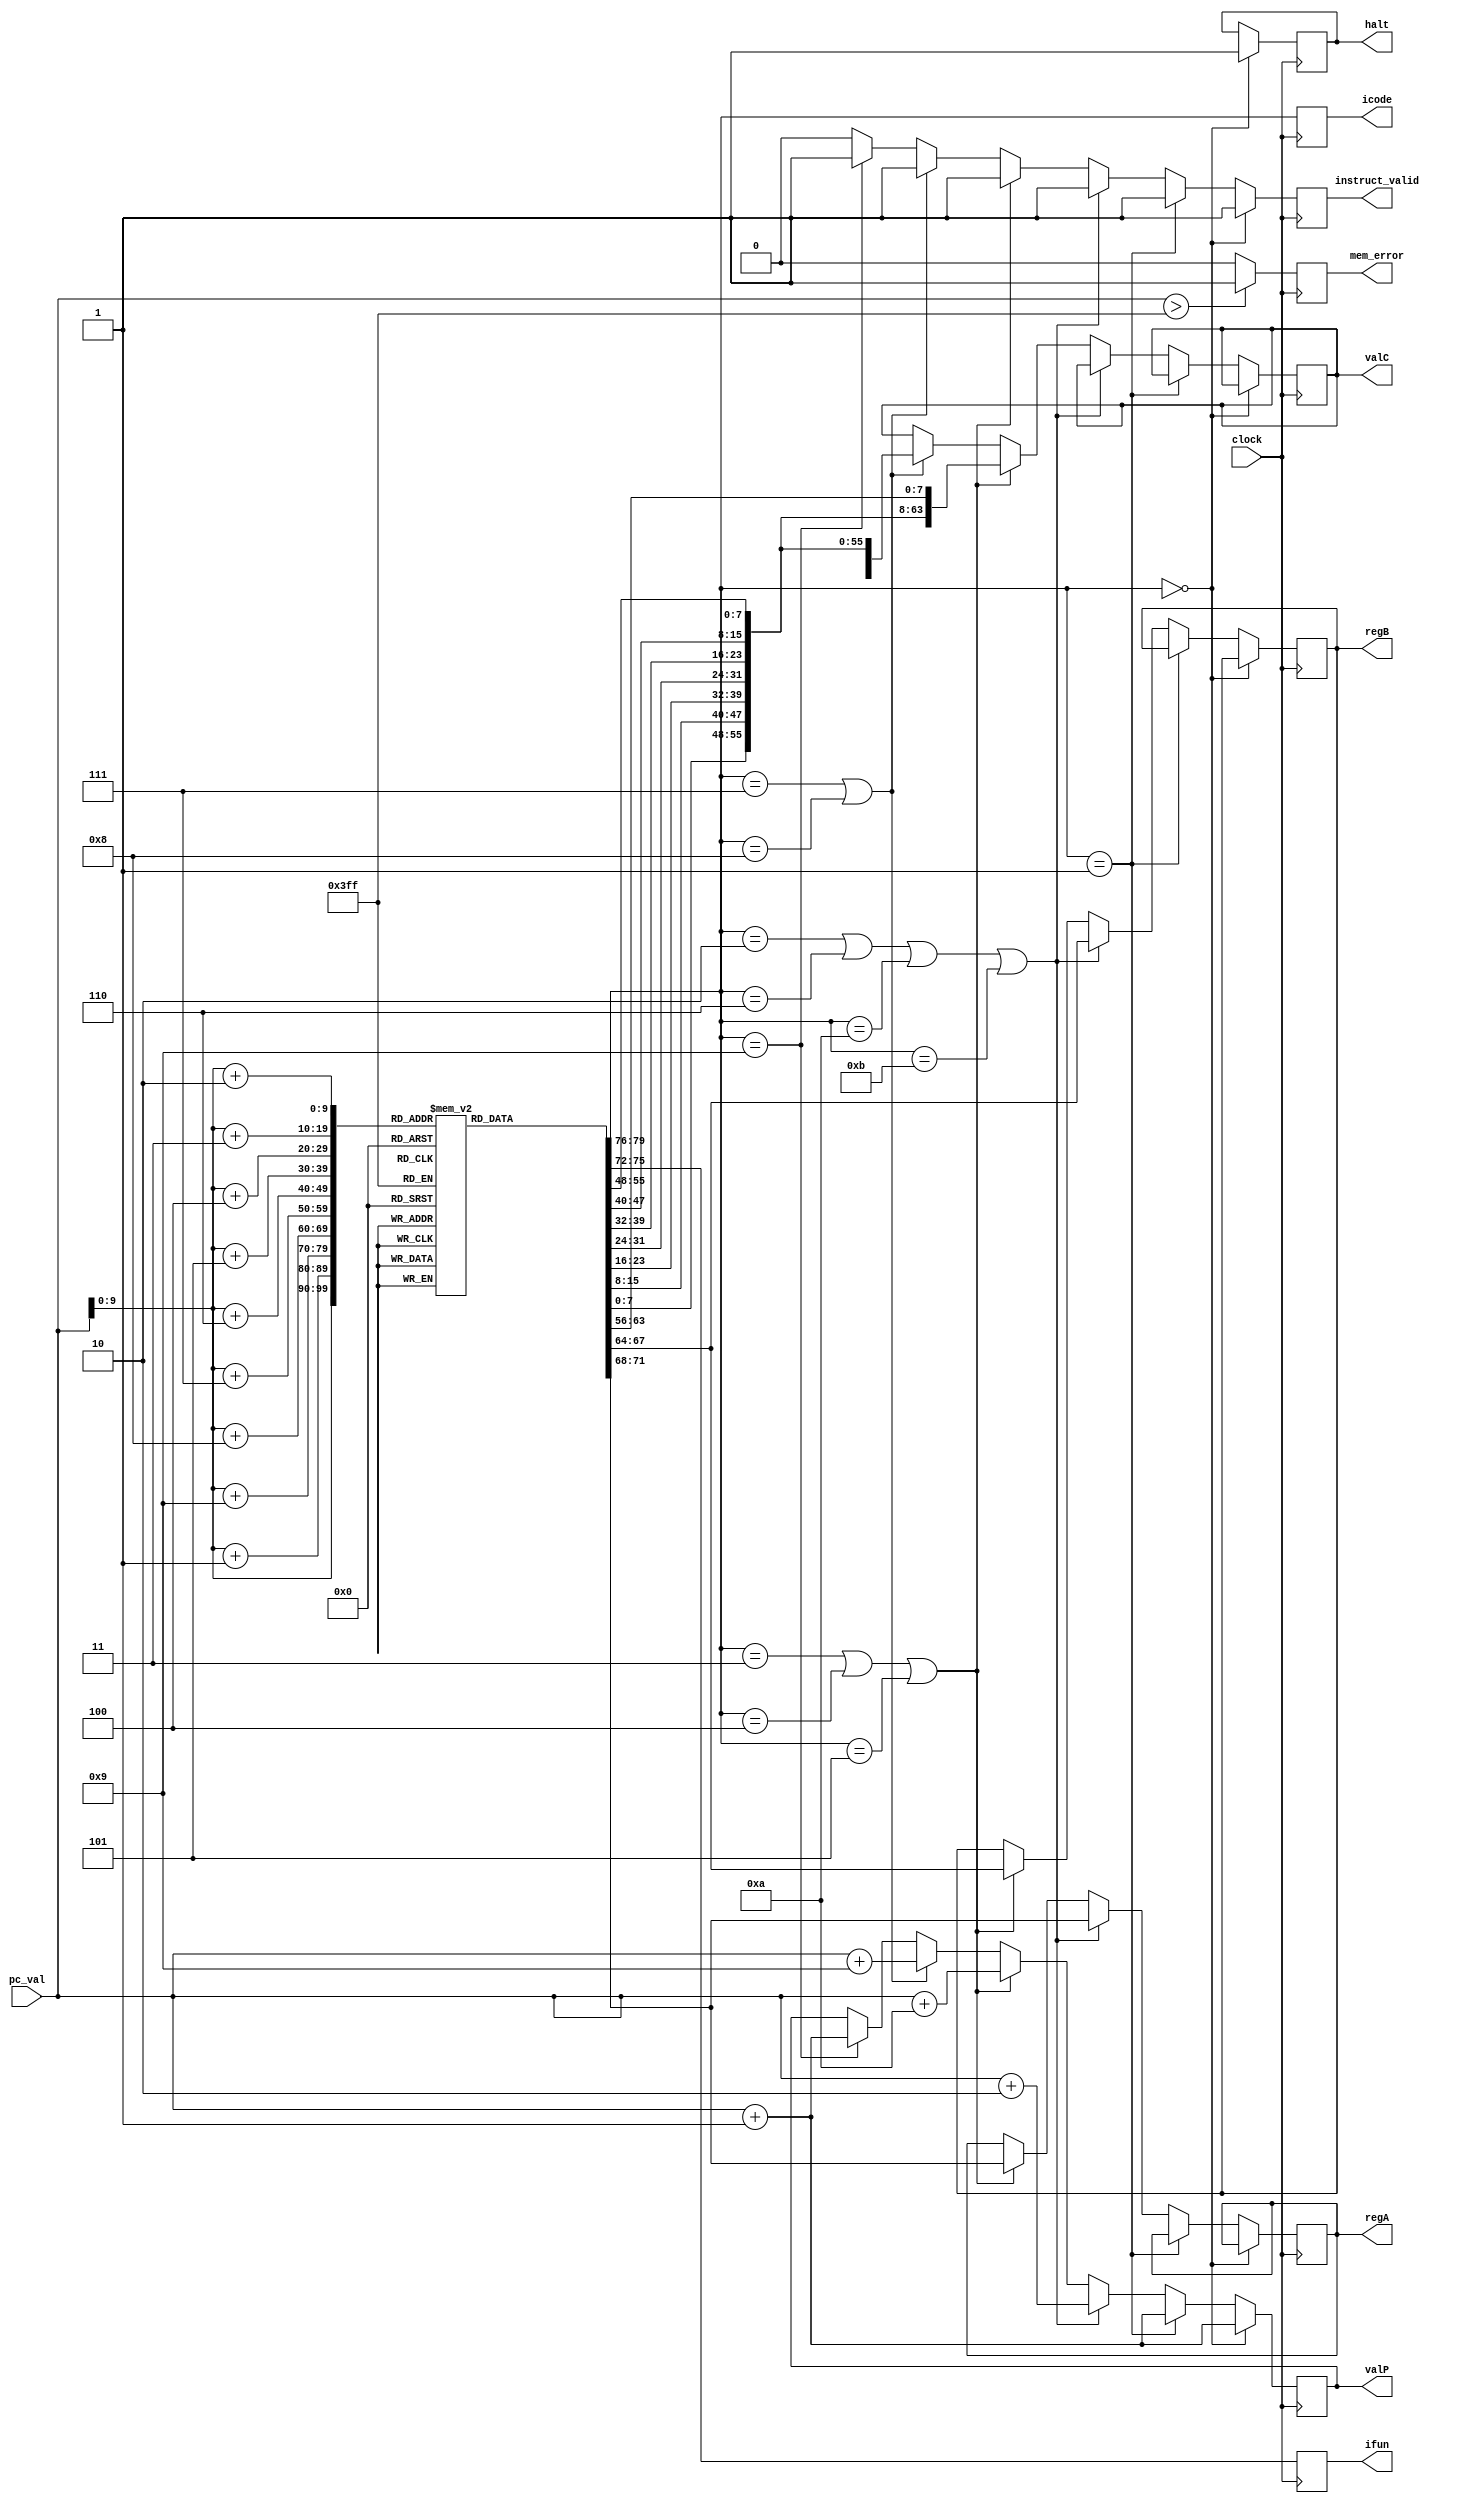
module instruct_fetch(icode,ifun,pc_val,regA,regB,valC,valP,instruct_valid,mem_error,halt,clock);

input clock;
input [63:0] pc_val;
output reg [3:0] icode,ifun,regA,regB;
output reg [63:0] valC,valP;
output reg instruct_valid,mem_error,halt; // instruct_valid = 1 implies that valid

reg [7:0] instruction_memory[0:1023];


initial begin
//OPq
    instruction_memory[2]=8'b01100000;
    instruction_memory[3]=8'b00100011;
    instruction_memory[4]=8'b00010000;
    instruction_memory[5]=8'b00010000;
    instruction_memory[6]=8'b00010000;
    instruction_memory[7]=8'b00100000;
    instruction_memory[8]=8'b00000100;
    instruction_memory[9]=8'b00010000;
    instruction_memory[10]=8'b00010000;
    instruction_memory[11]=8'b00010000;
    instruction_memory[12]=8'b00010000;
    instruction_memory[13]=8'b00010000;
    instruction_memory[14]=8'b00010000;
    instruction_memory[15]=8'b00000000;
end


always @ (posedge clock)
begin
    mem_error = 0;
    if(pc_val > 1023)
    begin
        mem_error = 1;
    end

    icode = instruction_memory[pc_val][7:4];
    ifun = instruction_memory[pc_val][3:0];

    instruct_valid = 1;

    if(icode==4'b0000) //halt
    begin
      halt=1;
      valP=pc_val+64'd1;
    end
    else if(icode==4'b0001) //nop
    begin
      valP=pc_val+64'd1;
    end
    else if(icode==4'b0010 || icode==4'b0110 || icode==4'b1010 || icode==4'b1011) //rrmovq , OPq , pushq , popq
    begin
      regA=instruction_memory[pc_val+1][7:4];
      regB=instruction_memory[pc_val+1][3:0];
      valP=pc_val+64'd2;
    end
    else if(icode==4'b0011 || icode==4'b0100 || icode==4'b0101) //irmovq , rmmovq , mrmovq
    begin
      regA=instruction_memory[pc_val+1][7:4];
      regB=instruction_memory[pc_val+1][3:0];
      valC={instruction_memory[pc_val+2],instruction_memory[pc_val+3],instruction_memory[pc_val+4],instruction_memory[pc_val+5],instruction_memory[pc_val+6],instruction_memory[pc_val+7],instruction_memory[pc_val+8],instruction_memory[pc_val+9]};
      valP=pc_val+64'd10;
    end
    else if(icode==4'b0111 || icode==4'b1000) //jxx , call
    begin
      valC={instruction_memory[pc_val+1],instruction_memory[pc_val+2],instruction_memory[pc_val+3],instruction_memory[pc_val+4],instruction_memory[pc_val+5],instruction_memory[pc_val+6],instruction_memory[pc_val+7],instruction_memory[pc_val+8]};
      valP=pc_val+64'd9;
    end
    else if(icode==4'b1001) //ret
    begin
      valP=pc_val+64'd1;
    end
    else 
    begin
      instruct_valid=1'b0;
    end
end
endmodule